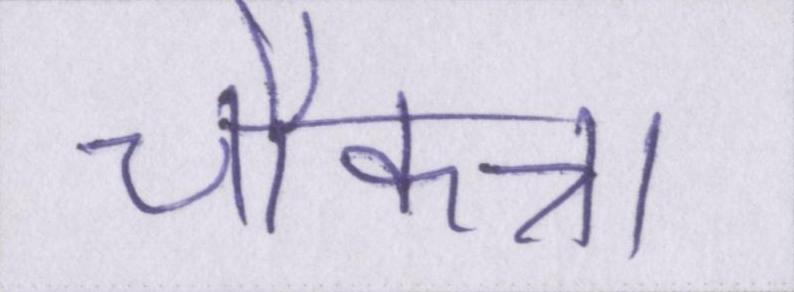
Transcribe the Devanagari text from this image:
चौकन्ना